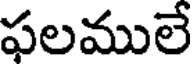
ఫలములే